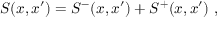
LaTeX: S ( x , x ^ { \prime } ) = S ^ { - } ( x , x ^ { \prime } ) + S ^ { + } ( x , x ^ { \prime } ) \; ,